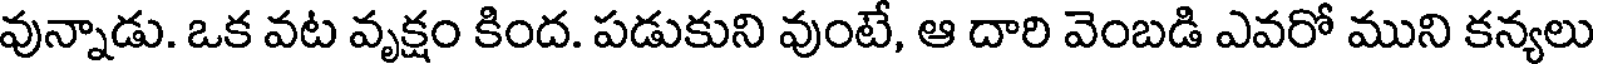
వున్నాడు. ఒక వట వృక్షం కింద. పడుకుని వుంటే, ఆ దారి వెంబడి ఎవరో ముని కన్యలు